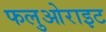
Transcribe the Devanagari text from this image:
फलुओराइट